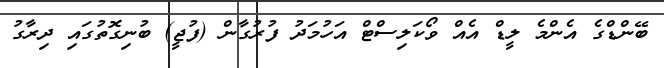
ބޭންޑްގެ އެންމެ ލީޑް އެއް ވޯކަލިސްޓް އަހުމަދު ފުރުގާން (ފުޖީ) ބުނިގޮތުގައި ދިރާގު